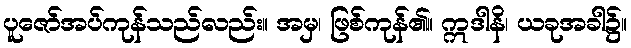
ပူဇော်အပ်ကုန်သည်လည်း။ အမှ၊ ဖြစ်ကုန်၏။ ဣဒါနိ၊ ယခုအခါ၌။